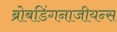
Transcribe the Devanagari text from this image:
ब्रोबडिंगनाजीयन्स